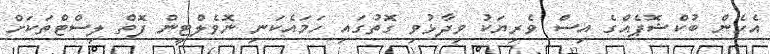
އެހެން ބުކްޝޮޕެއްގެ އިސް ވެރިޔަކު ވިދާޅުވި ގޮތުގައި ހަމައެކަނި ނޮވެލްޓީން ފޮތް ލިސްޓްތަކަށް